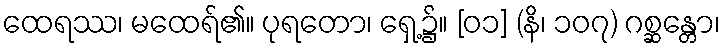
ထေရဿ၊ မထေရ်၏။ ပုရတော၊ ရှေ့၌။ [၀၁] (နိ၊ ၁၀၇) ဂစ္ဆန္တော၊